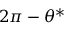
2 \pi - \theta ^ { * }